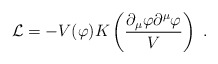
\begin{align*} {\cal L} = -V(\varphi)K\left({\partial_\mu\varphi\partial^\mu\varphi\over V}\right)\ .\end{align*}